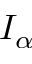
I _ { \alpha }